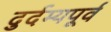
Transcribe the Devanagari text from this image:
दुर्दम्यपूर्व